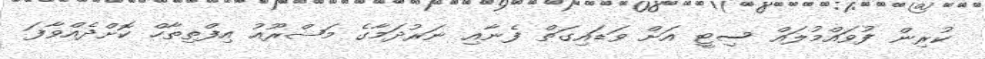
ކުރިން ފުވައްމުލައް ސިޓީ އަށް ވަޑައިގަތް ފެނާއި ނަރުދަމާގެ މަޝްރޫއު އިފްތިތާހް ކޮށްދެއްވާފަ